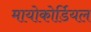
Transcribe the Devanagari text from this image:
मायोकोर्डियल